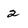
Character: 2